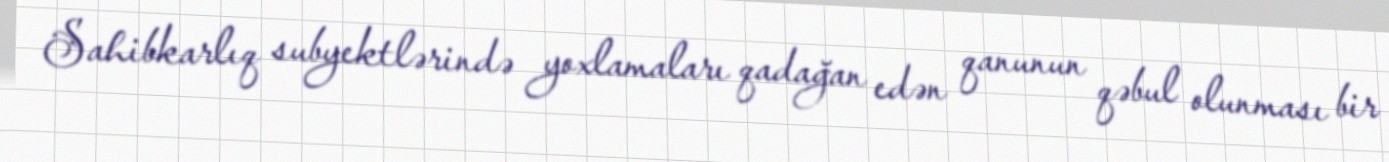
Sahibkarlıq subyektlərində yoxlamaları qadağan edən qanunun qəbul olunması bir